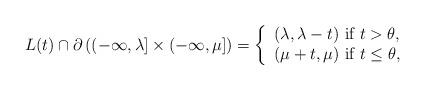
LaTeX: \begin{align*} L(t)\cap \partial \left((-\infty,\lambda]\times (-\infty,\mu]\right)=\left\{ \begin{array}{c}(\lambda,\lambda-t)~ \mbox{if}~ t> \theta,\\(\mu+t,\mu)~\mbox{if}~t\leq\theta,\end{array}\right.\end{align*}